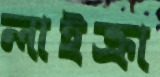
লাইক্রা